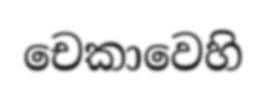
චෙකාවෙහි